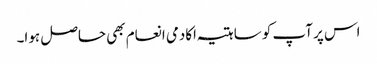
اس پر آپ کو ساہتیہ اکادمی انعام بھی حاصل ہوا۔